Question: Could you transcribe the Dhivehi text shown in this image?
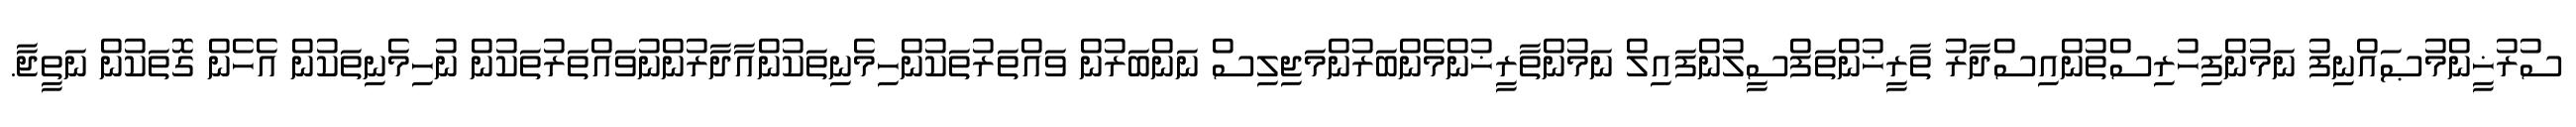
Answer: ސުރުޚީންމުޞައްނިފު ނަމުންފިހުރިސްތުންއިސްދާރު ތާރީޚުންތަފްސީލުންފައިލް ނަމުންތާރީޚުންމެންބަރުންމަޖިލިސް ނަންބަރުން ވައްތަރުތަކުންހިމެނިތަކުންއާދާރުންނުވައްތަރުތަކުން ނުހިމެނިތަކުން އެހެން ގޮތަކުން ނަތީޖާ.